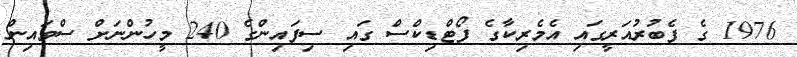
1976 ގެ ފެބުރުއަރީގައި އެމެރިކާގެ ފޯޓްޑިކްސް ގައި ސިފައިންގެ 240 މީހުންނަށް ސްވައިން